Vaccination in the Punjab 1897-1904 - 1897-1904
Year: 1897
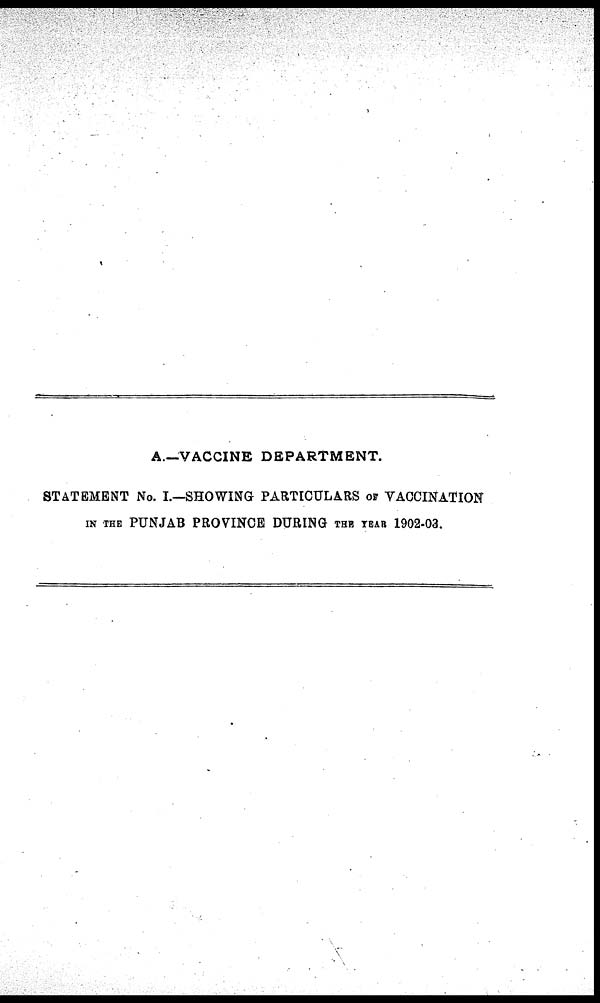
A.—VACCINE DEPARTMENT.
STATEMENT No. I.—SHOWING PARTICULARS OF VACCINATION
IN THE PUNJAB PROVINCE DURING THE YEAR 1902-03.